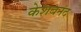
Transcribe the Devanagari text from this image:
केशबनंद